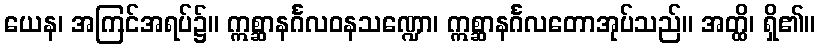
ယေန၊ အကြင်အရပ်၌။ ဣစ္ဆာနင်္ဂလဝနသဏ္ဍော၊ ဣစ္ဆာနင်္ဂလတောအုပ်သည်။ အတ္ထိ၊ ရှိ၏။